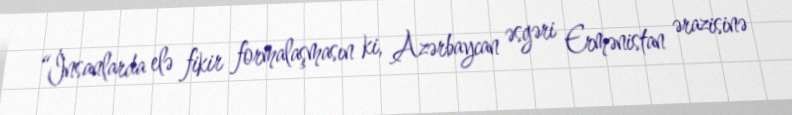
“İnsanlarda elə fikir formalaşmasın ki, Azərbaycan əsgəri Ermənistan ərazisinə